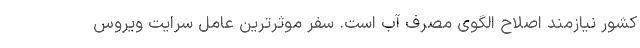
کشور نیازمند اصلاح الگوی مصرف آب است. سفر موثرترین عامل سرایت ویروس